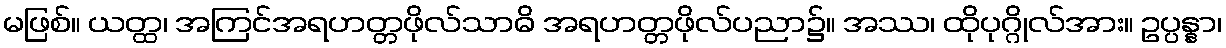
မဖြစ်။ ယတ္ထ၊ အကြင်အရဟတ္တဖိုလ်သာဓိ အရဟတ္တဖိုလ်ပညာ၌။ အဿ၊ ထိုပုဂ္ဂိုလ်အား။ ဥပ္ပန္နာ၊